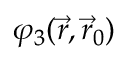
\varphi _ { 3 } ( \vec { r } , \vec { r } _ { 0 } )